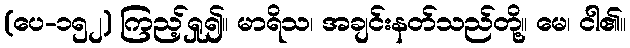
(ပေ-၁၅၂) ကြည့်ရှု၍။ မာရိသ၊ အချင်းနတ်သည်တို့။ မေ၊ ငါ၏။